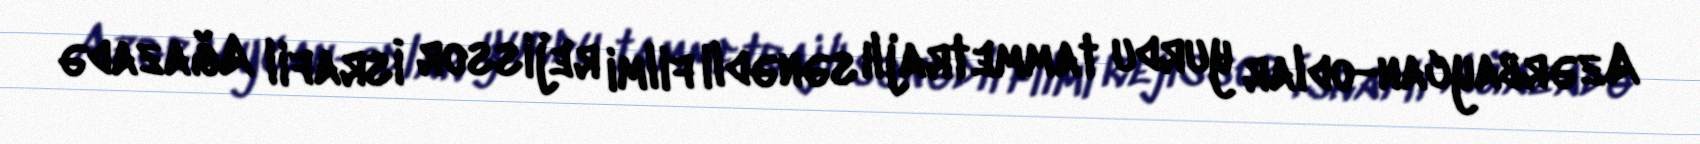
Azərbaycan-odlar yurdu tammetrajlı sənədli filmi rejissor İsrafil Ağazadə